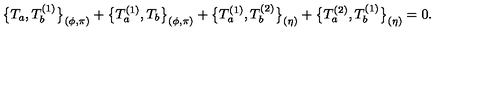
\bigl \{ T _ { a } , T _ { b } ^ { ( 1 ) } \bigr \} _ { ( \phi , \pi ) } + \bigl \{ T _ { a } ^ { ( 1 ) } , T _ { b } \bigr \} _ { ( \phi , \pi ) } + \bigl \{ T _ { a } ^ { ( 1 ) } , T _ { b } ^ { ( 2 ) } \bigr \} _ { ( \eta ) } + \bigl \{ T _ { a } ^ { ( 2 ) } , T _ { b } ^ { ( 1 ) } \bigr \} _ { ( \eta ) } = 0 .